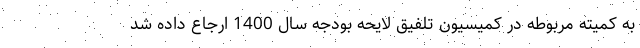
به کمیته مربوطه در کمیسیون تلفیق لایحه بودجه سال 1400 ارجاع داده شد